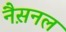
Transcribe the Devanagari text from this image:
नैस़नल